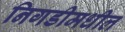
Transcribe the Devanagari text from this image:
निगडीमधील